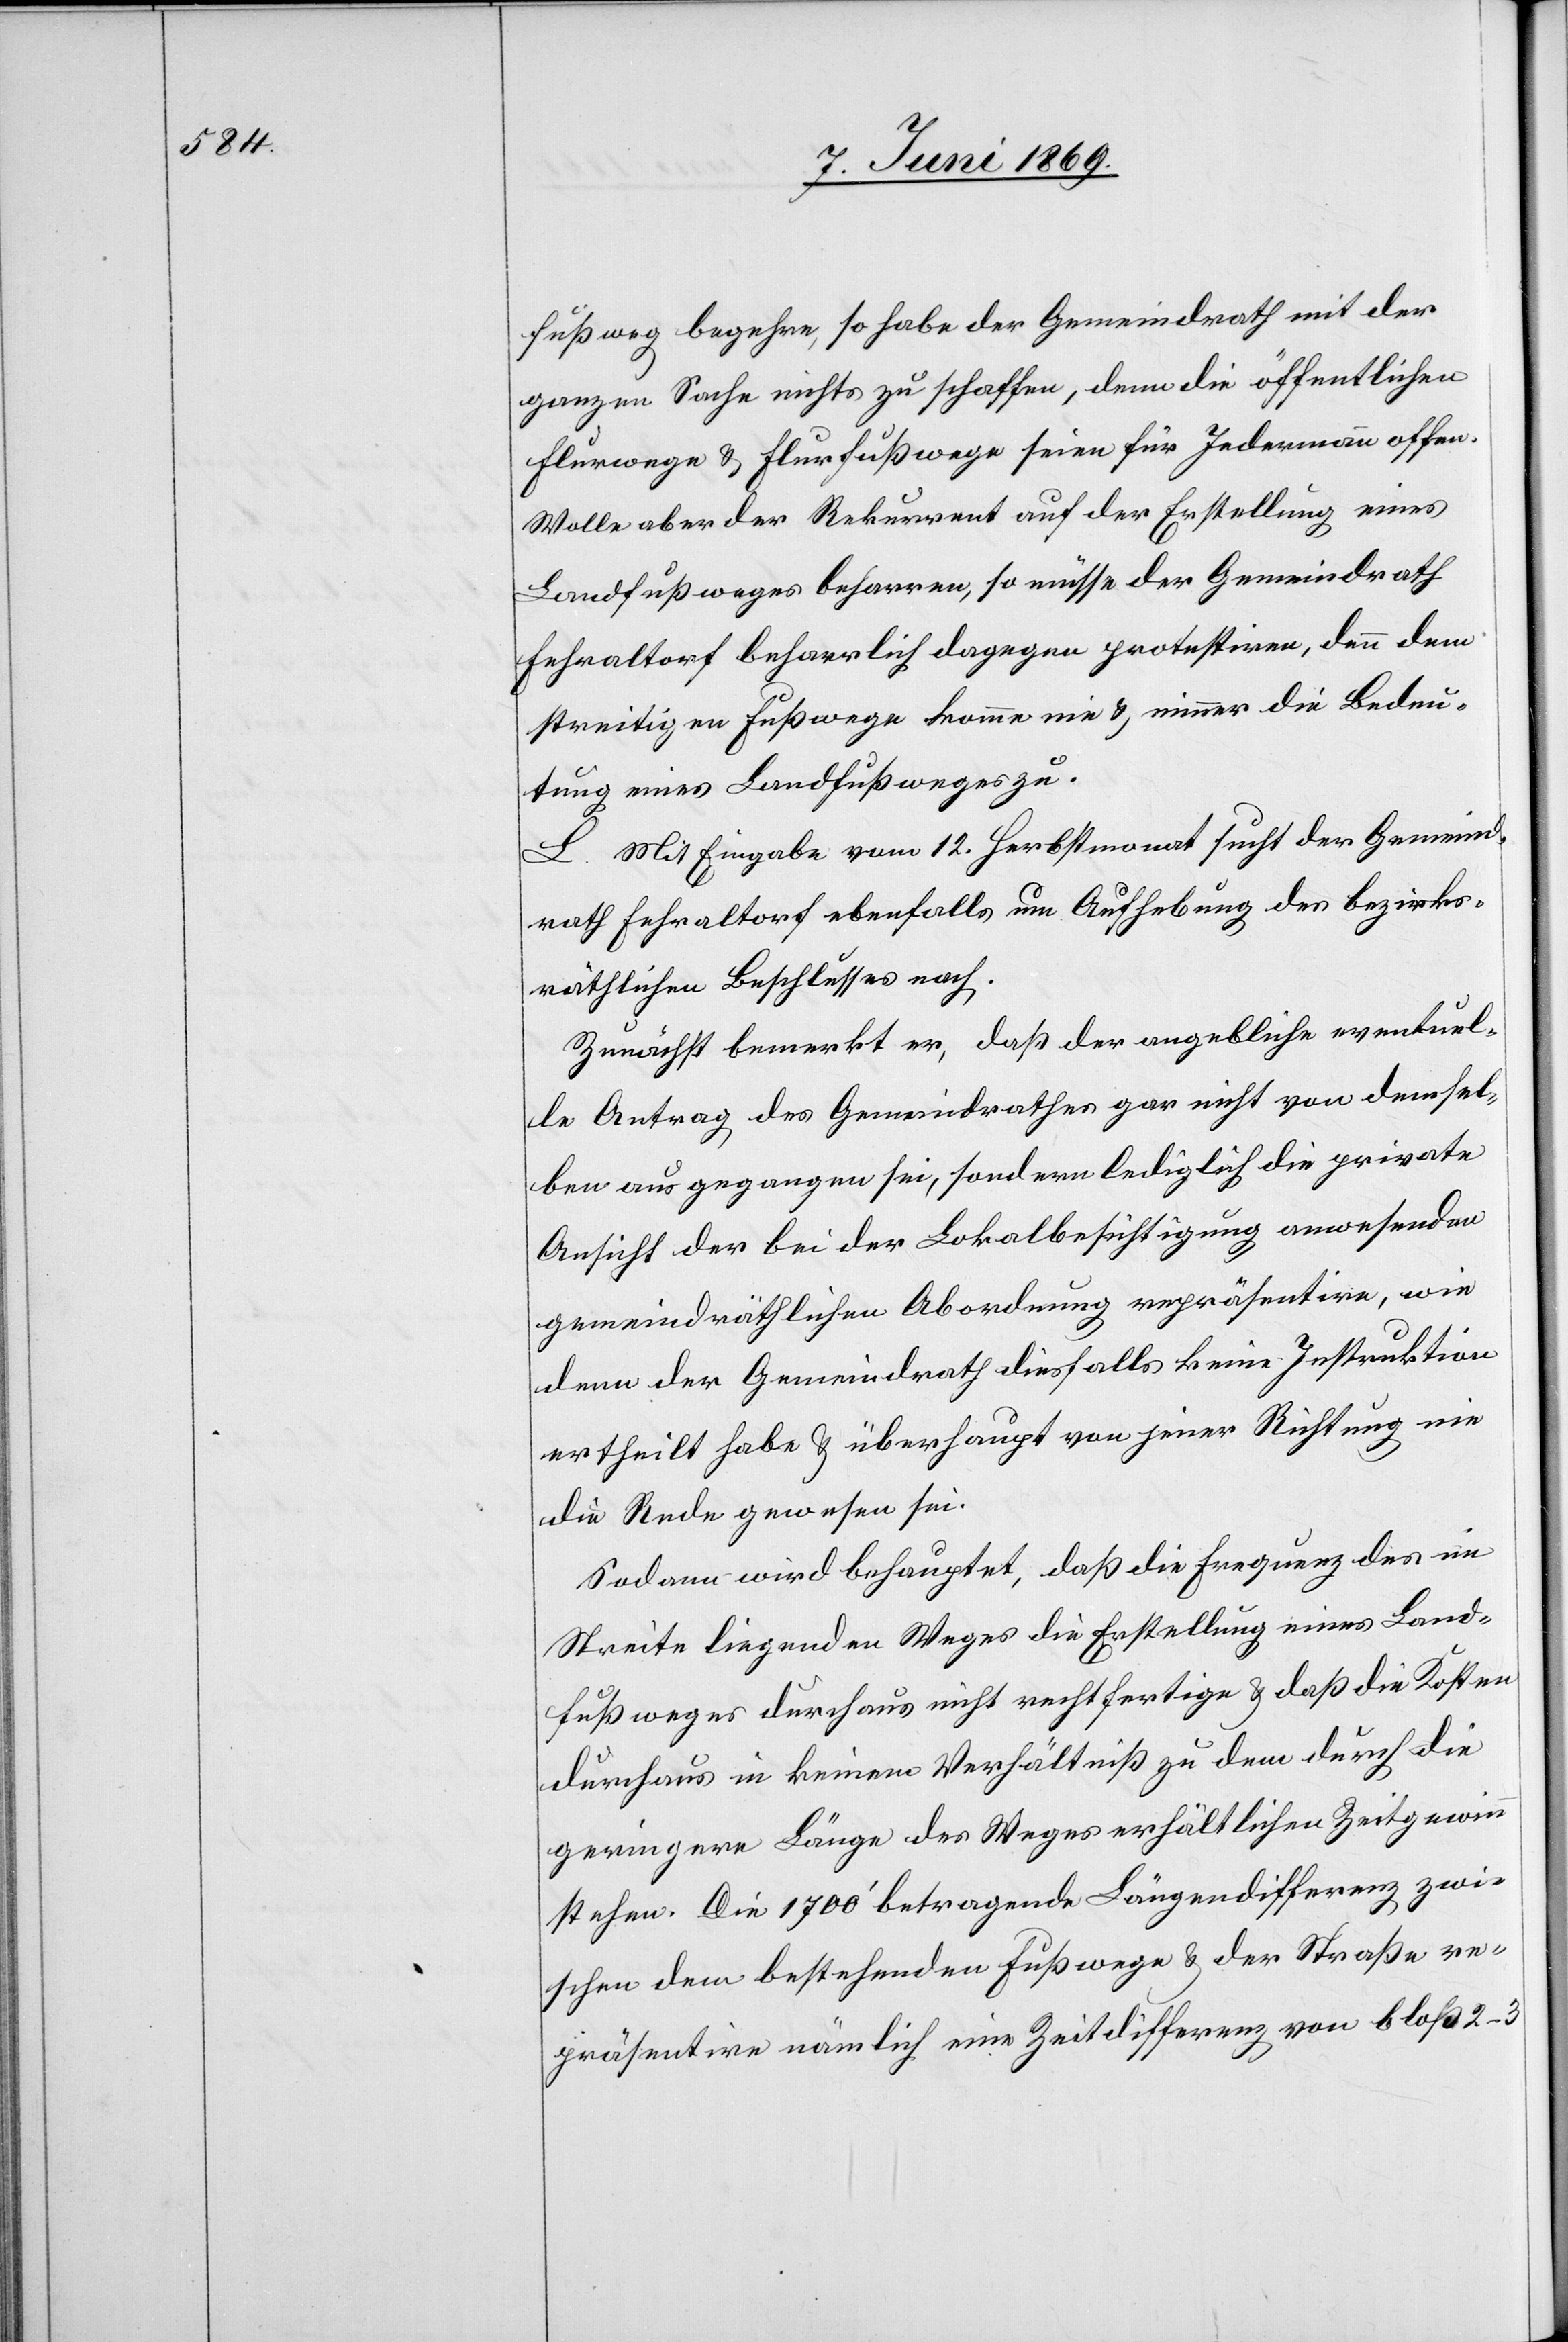
fußweg begehre, so habe der Gemeindrath mit der
ganzen Sache nichts zu schaffen, denn die öffentlichen
Flurwege u. Flurfußwege seien für Jedermann offen.
Wolle aber der Rekurrent auf der Erstellung eines
Landfußweges beharren, so müsse der Gemeindrath
Fehraltorf beharrlich dagegen protestirten, denn dem
streitigen Fußwege komme nie u. nimmer die Bedeu¬
tung eines Landfußweges zu.
L. Mit Eingabe vom 12. Herbstmonat sucht der Gemeind¬
rath Fehraltorf ebenfalls, um Aufhebung des bezirks¬
räthlichen Beschlusses nach.
Zunächst bemerkt er, daß der angebliche eventuel¬
le Antrag des Gemeindrathes gar nicht von demsel¬
ben ausgegangen sei, sondern lediglich die private
Ansicht der bei der Lokalbesichtigung anwesenden
gemeindräthlichen Abordnung repräsentire, wie
denn der Gemeindrath diesfalls keine Instruktion
ertheilt habe u. überhaupt von jener Richtung nie
die Rede gewesen sei.
Sodann wird behauptet, daß die Frequenz des im
Streite liegenden Weges die Erstellung eines Land¬
fußweges durchaus nicht rechtfertige u. daß die Kosten
durchaus in keinem Verhältniß zu dem durch die
geringere Länge des Weges erhältlichen Zeitgewinn
stehen. Die 1700’ betragende Längendifferenz zwi¬
schen dem bestehenden Fußwege u. der Straße re¬
präsentire nämlich eine Zeitdifferenz von bloß 2–3